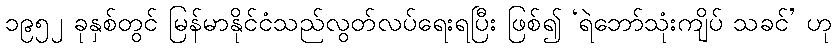
၁၉၅၂ ခုနှစ်တွင် မြန်မာနိုင်ငံသည်လွတ်လပ်ရေးရပြီး ဖြစ်၍ ‘ရဲဘော်သုံးကျိပ် သခင်’ ဟု